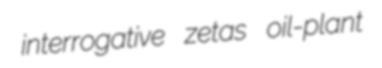
interrogative zetas oil-plant